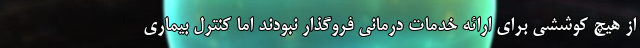
از هیچ کوششی برای ارائه خدمات درمانی فروگذار نبودند اما کنترل بیماری